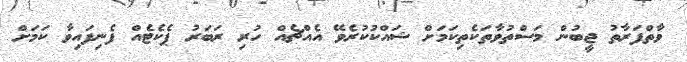
ވާތްފަރާތު ޖީބުން މަސްތުވާތަކެތިކަމަށް ޝައްކުކުރެވޭ އެއްޗެއް ހުރި ރަބަރު ޕެކެޓެއް ފެނިފައިވާ ކަމަށް